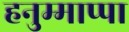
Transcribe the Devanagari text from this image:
हनुम्माप्पा